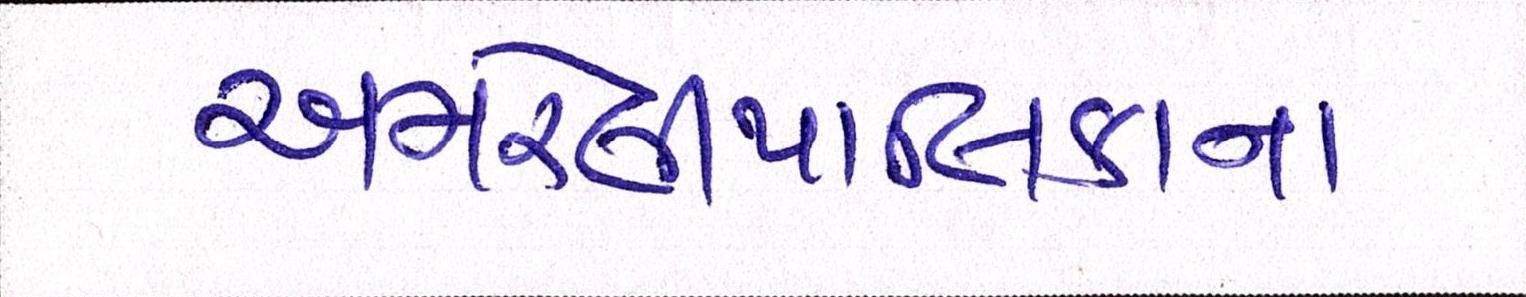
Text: અમરેલીપાલીકાના